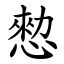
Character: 愸